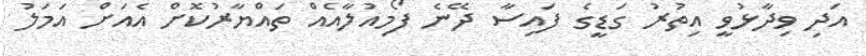
އަދި ވިދާޅުވީ އިތުރު ގަޑީގެ ފައިސާ ދޭނެ ފޯމިއުލާއެއް ތައްޔާރުކޮށް އެއަށް އަމަލު